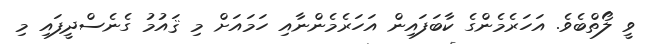
ވީ ލޯތްބެވެ. އަހަރެމެންގެ ކާބަފައިން އަހަރެމެންނާއި ހަމައަށް މި ޤައުމު ގެނެސްދީފައި މި